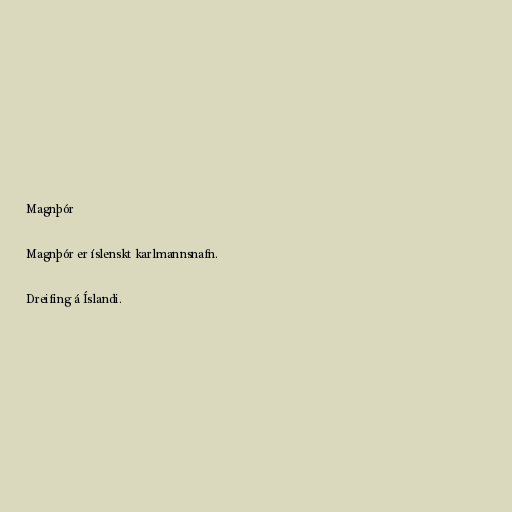
Magnþór

Magnþór er íslenskt karlmannsnafn.

Dreifing á Íslandi.